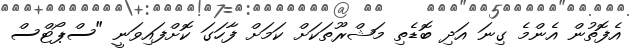
އެފޮތުން އެންމެ ގިނަ އަދި ބޮޑެތި މަޝްރޫތަކަށް ކަމަށް ފާހަގަ ކޮށްފައިވަނީ "ސްޕޯޓްސް